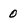
Character: 0